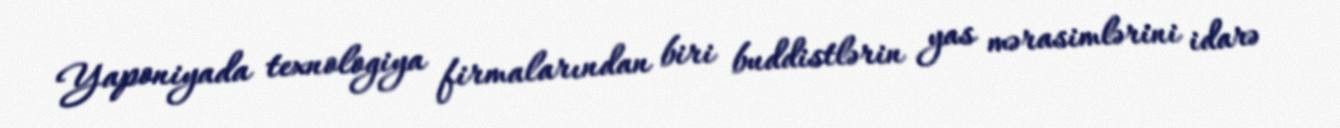
Yaponiyada texnologiya firmalarından biri buddistlərin yas mərasimlərini idarə